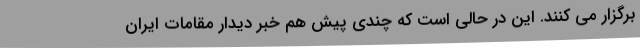
برگزار می کنند. این در حالی است که چندی پیش هم خبر دیدار مقامات ایران